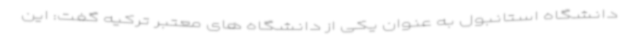
دانشگاه استانبول به عنوان یکی از دانشگاه های معتبر ترکیه گفت: این